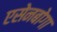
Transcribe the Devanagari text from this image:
एसेनबोगा